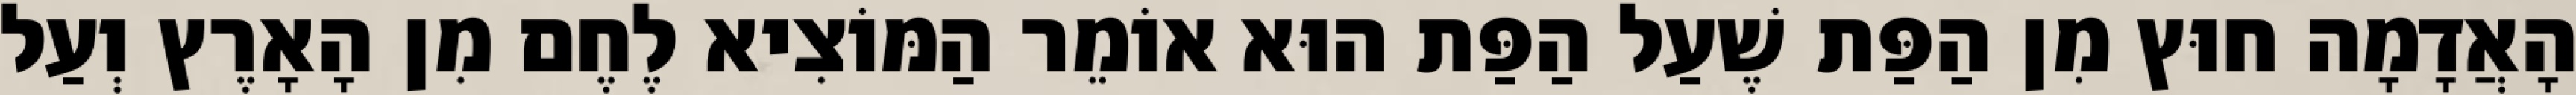
הָאֲדָמָה חוּץ מִן הַפַּת שֶׁעַל הַפַּת הוּא אוֹמֵר הַמּוֹצִיא לֶחֶם מִן הָאָרֶץ וְעַל